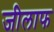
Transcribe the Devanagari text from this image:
जीलाफ